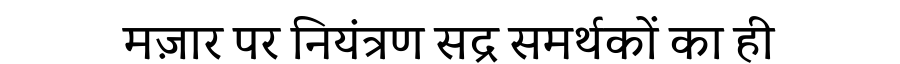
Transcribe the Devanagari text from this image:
मज़ार पर नियंत्रण सद्र समर्थकों का ही